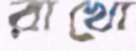
রাখো